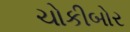
ચોકીબોર